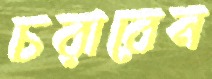
চরাবেন